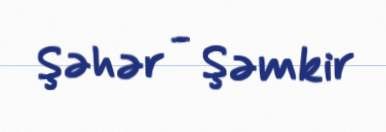
Şəhər - Şəmkir